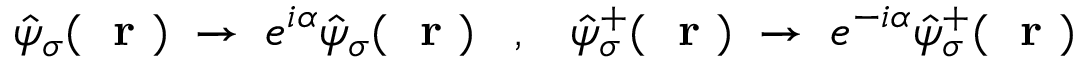
\hat { \psi } _ { \sigma } ( \mathrm { ~ \bf ~ r ~ } ) \; \to \; e ^ { i \alpha } \hat { \psi } _ { \sigma } ( \mathrm { ~ \bf ~ r ~ } ) \; \; \; , \; \; \; \hat { \psi } _ { \sigma } ^ { + } ( \mathrm { ~ \bf ~ r ~ } ) \; \to \; e ^ { - i \alpha } \hat { \psi } _ { \sigma } ^ { + } ( \mathrm { ~ \bf ~ r ~ } )